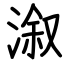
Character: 溆